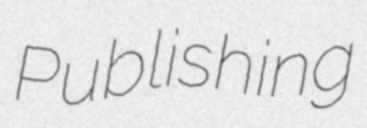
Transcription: Publishing